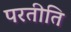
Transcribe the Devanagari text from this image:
परतीति